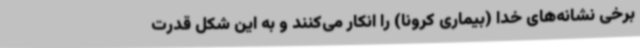
برخی نشانه‌های خدا (بیماری کرونا) را انکار می‌کنند و به این شکل قدرت